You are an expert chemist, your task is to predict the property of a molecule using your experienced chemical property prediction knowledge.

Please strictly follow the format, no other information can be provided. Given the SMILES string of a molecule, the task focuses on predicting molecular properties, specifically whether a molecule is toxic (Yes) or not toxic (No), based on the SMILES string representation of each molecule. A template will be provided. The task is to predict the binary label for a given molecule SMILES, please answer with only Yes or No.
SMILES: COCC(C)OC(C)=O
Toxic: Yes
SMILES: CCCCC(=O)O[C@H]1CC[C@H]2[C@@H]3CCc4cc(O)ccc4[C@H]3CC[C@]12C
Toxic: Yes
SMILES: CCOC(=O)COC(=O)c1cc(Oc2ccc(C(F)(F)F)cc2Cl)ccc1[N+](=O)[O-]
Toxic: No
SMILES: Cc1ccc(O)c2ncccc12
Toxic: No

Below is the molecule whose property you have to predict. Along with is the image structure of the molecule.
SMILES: Oc1cccc(Cl)c1
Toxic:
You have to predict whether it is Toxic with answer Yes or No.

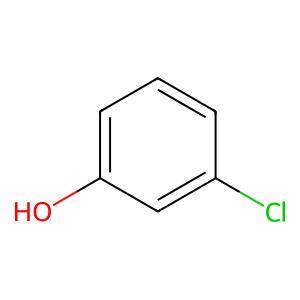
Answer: No